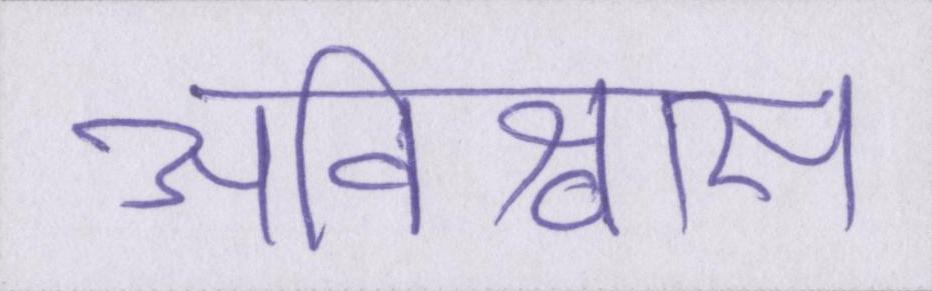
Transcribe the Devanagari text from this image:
अविश्वास